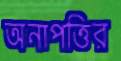
অনাপত্তির